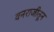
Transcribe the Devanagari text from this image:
वनराजीतून